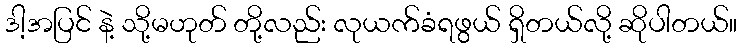
ဒါ့အပြင် နဲ့ သို့မဟုတ် တို့လည်း လုယက်ခံရဖွယ် ရှိတယ်လို့ ဆိုပါတယ်။